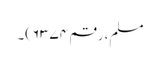
مسلم، رقم ۶۳۷۴)۔